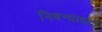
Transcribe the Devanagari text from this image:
निबन्‍धावली